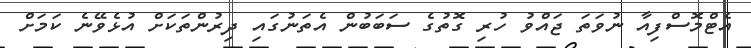
އެޓްމޮސްފިއާ ނުވަތަ ޖައްވު ހުރި ގޮތުގެ ސަބަބުން އެތަނުގައި ދިރުންތަކަށް އުޅެވޭނެ ކަމަށް